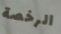
الرخصة